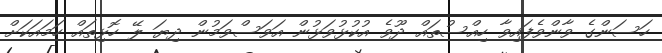
ހަސަންގެ ވާންވެފައިވާ ހިއްސުތައް ދޫވެ އުކުޅުވަޅުން އަވަސްވަމުން ދިޔަ ލޭ ހޮޅިތައް ހަމައަކަށް